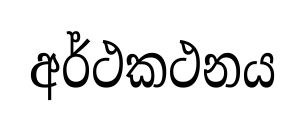
අර්ථකථනය